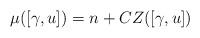
LaTeX: \begin{align*}\mu([\gamma, u])= n+ CZ([\gamma, u])\end{align*}